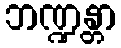
ဘဏ္ဍန္တာ